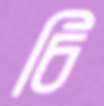
চি